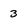
Character: 3